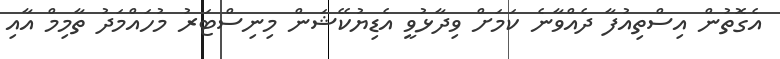
އެގޮތުން އިސްތިއުފާ ދެއްވާނެ ކަމަށް ވިދާޅުވީ އެޑިޔުކޭޝަން މިނިސްޓަރު މުހައްމަދު ތާމިމް އާއި